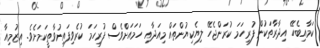
ކަމާއިބެހޭ އިދާރާތަކުން ފުރިހަމަ ކުރަންޖެހޭ ލިޔެކިޔުންތައް މިއަދާއި ހަމައަށްވެސް ފުރިހަމަ ކުރެވިފައިނުވާތީކަމަށެވެ. އިޒުމިއާ